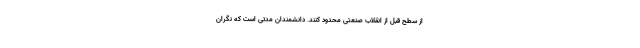
از سطح قبل از انقلاب صنعتی محدود کنند. دانشمندان مدتی است که نگران